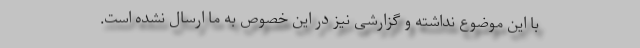
با این موضوع نداشته و گزارشی نیز در این خصوص به ما ارسال نشده است.